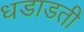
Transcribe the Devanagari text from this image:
धडाडती